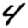
Digit: 4